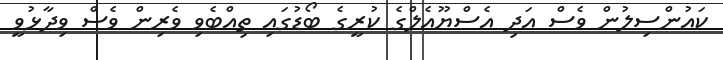
ކައުންސިލުން ވެސް އަދި އެސްޔޫއެލްގެ ކުރީގެ ބޯޑުގައި ތިއްބެވި ވެރިން ވެސް ވިދާޅުވީ